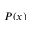
P ( x )